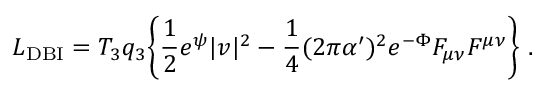
{ \cal L } _ { \mathrm { D B I } } = T _ { 3 } q _ { 3 } \biggl \{ \frac { 1 } { 2 } e ^ { \psi } { | v | ^ { 2 } } - \frac { 1 } { 4 } ( 2 \pi \alpha ^ { \prime } ) ^ { 2 } e ^ { - \Phi } { F _ { \mu \nu } F ^ { \mu \nu } \biggr \} \ . }